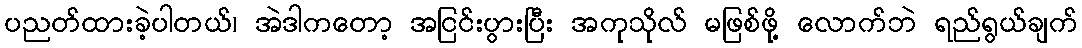
ပညတ်ထားခဲ့ပါတယ်၊ အဲဒါကတော့ အငြင်းပွားပြီး အကုသိုလ် မဖြစ်ဖို့ လောက်ဘဲ ရည်ရွယ်ချက်